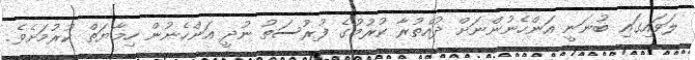
ލަވައިގައި ބުނަނީ އަންހެނުންނަށް ދުއްތުރާ ކުރުމުގެ ފުރުސަތު ނުދީ އަންހެނުން ހިމާޔަތް ކުރުމަށެވެ.